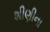
શીણીના